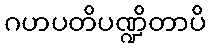
ဂဟပတိပဏ္ဍိတာပိ